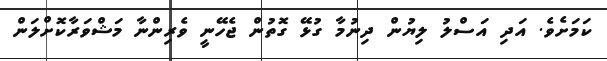
ކަމަށެވެ. އަދި އަސްލު ލިޔުން ދިނުމާ ގުޅޭ ގޮތުން ޖެހޭނީ ވެރިންނާ މަޝްވަރާކޮށްލަން